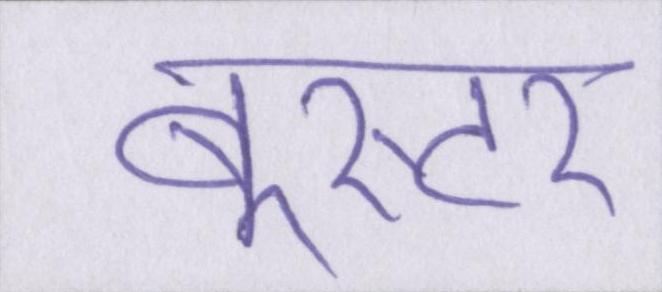
बूस्टर